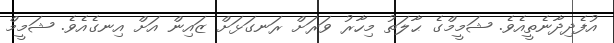
އުފެދިދާނެތީއެވެ. ޝަމީމްގެ ޙާލަތު މިހާރު ވަރަށް ރަނގަޅަށް ޒައިން އަށް އިނގެއެވެ. ޝަމީމް